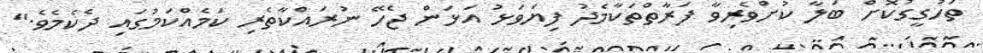
ތަހުގީގުކޮށް ބަލާ ކުށްވެރިވާ ފަރާތްތަކާމެދު ފިޔަވަޅު އަޅަން ޖެހޭ ނުރައްކާތެރި ކަމެއްކަމުގައި ދެކެމެވެ."